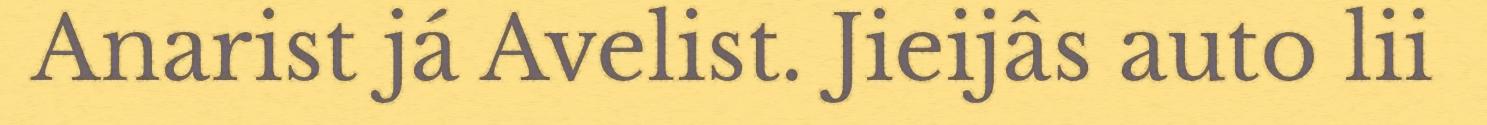
Anarist já Avelist. Jieijâs auto lii